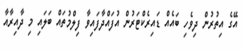
އޭގެ އިތުރުން ދިވެހި ބައެއް ޑައިރެކްޓަރުން އުފައްދާފައިވާ ފިލްމުތައް ބަލައި މި ދާއިރާއާ